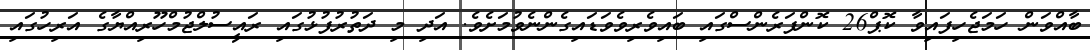
ބާއްވަން ހަމަޖެހިފައިވާ ކޮޕް26 ކޮންފަރެންސްގައި ބައިވެރިވެވަޑައިގެންނެވުމަށެވެ. އަދި މި ދަތުރުފުޅުގައި ރައީސުލްޖުމްހޫރިއްޔާގެ އަރިހުގައި